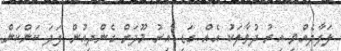
ލަފާދެއްވި އިރު ދުވާލަކު އެއް ގަޑި އިރު މޫދަށް ގެންދިއުން ފަދަ ކަންކަން